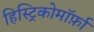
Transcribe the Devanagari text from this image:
हिस्ट्रिकोमॉर्फ़ा